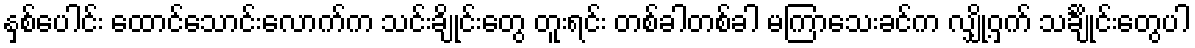
နှစ်ပေါင်း ထောင်သောင်းလောက်က သင်းချိုင်းတွေ တူးရင်း တစ်ခါတစ်ခါ မကြာသေးခင်က လျှို့ဝှက် သင်္ချိုင်းတွေပါ